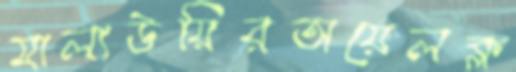
মালাউয়িরঅয়েলক্ল